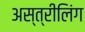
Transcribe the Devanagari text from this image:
अस्त्रीलिंग